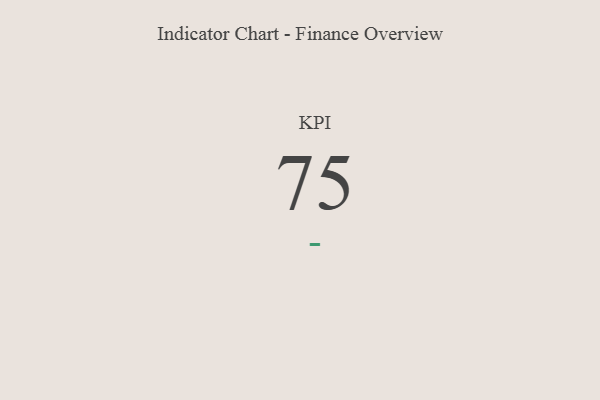
{"axis": {"x": "KPI", "y": "Value"}, "legend": [""], "data": [{"x": "KPI", "y": 75, "type": ""}]}